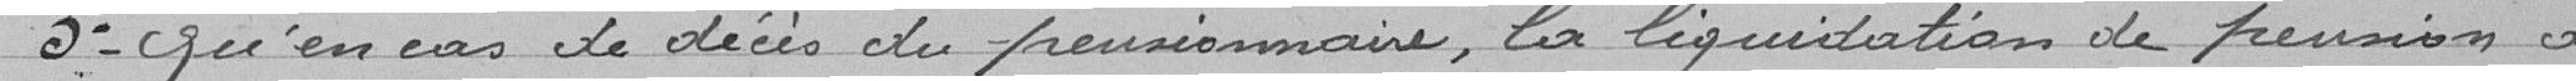
3° qu'en cas de décès du pensionnaire, la liquidation de pension à